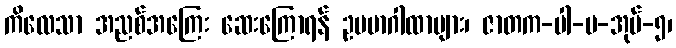
ကိလေသာ အညစ်အကြေး ဆေးကြောရန် ဥပမာဂါထာများ၊ ဇာတက-ပါ-ပ-အုပ်-၅၊